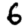
Digit: 6